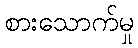
စားသောက်မှု